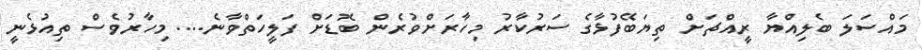
މައްސަލަ ބެލިއްޔާ ރީއްޗަށް ތިޔަބޭފުޅާގެ ސަރުކާރު މިހާރަށްވުރެން ބޮޑަށް ފަލީހަތްވާނެ.... މިހާރުވެސް ތިއުޅެނީ